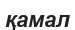
қамал